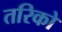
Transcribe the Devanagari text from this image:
तरिको